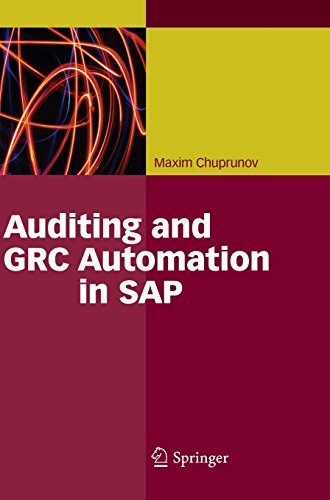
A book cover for Auditing and GRC Automation in SAP; Maxim Chuprunov; Law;